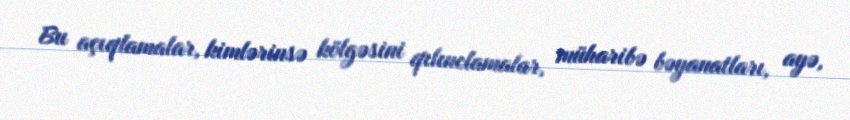
Bu açıqlamalar, kimlərinsə kölgəsini qılınclamalar, müharibə bəyanatları, ayə,